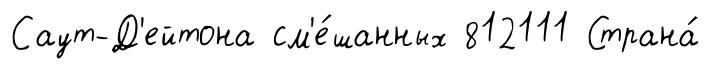
Саут-Д'ейтона см'е́шанных 812111 Страна́